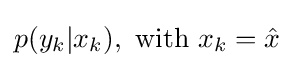
p(y_{k}|x_{k}),~{\mbox{with}}~x_{k}={\hat {x}}